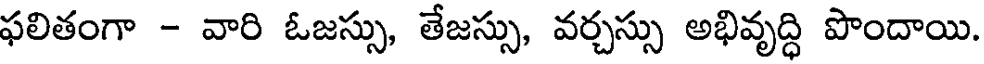
ఫలితంగా - వారి ఓజస్సు, తేజస్సు, వర్చస్సు అభివృద్ధి పొందాయి.